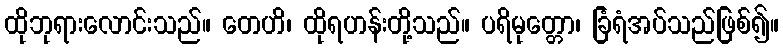
ထိုဘုရားလောင်းသည်။ တေဟိ၊ ထိုရဟန်းတို့သည်။ ပရိမုတ္တော၊ ခြံရံအပ်သည်ဖြစ်၍။